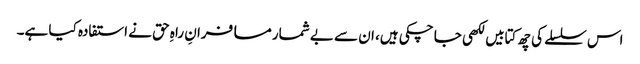
اس سلسلے کی چھ کتابیں لکھی جا چکی ہیں، ان سے بے شمار مسافرانِ راہِ حق نے استفادہ کیا ہے۔